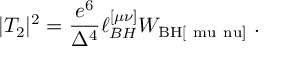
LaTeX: | { \cal T } _ { 2 } | ^ { 2 } = { \frac { e ^ { 6 } } { \Delta ^ { 4 } } } \ell _ { B H } ^ { [ \mu \nu ] } W _ { \mathrm { B H [ \ m u \ n u ] } } \ .